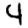
Digit: 4